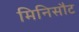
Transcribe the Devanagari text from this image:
मिनिसौट